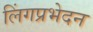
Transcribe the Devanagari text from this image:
लिंगप्रभेदन